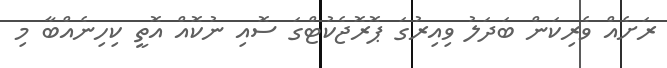
ރަށެއް ވެރިކަން ބަދަލު ވިއިރުގަ ޕޮރޮޖެކުޓްގަ ސޮއި ނުކޮއް އޮތީ ކިހިނެއްބާ މި